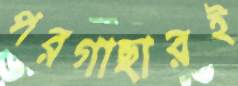
পরগাছারই